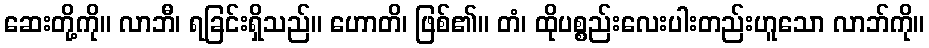
ဆေးတို့ကို။ လာဘီ၊ ရခြင်းရှိသည်။ ဟောတိ၊ ဖြစ်၏။ တံ၊ ထိုပစ္စည်းလေးပါးတည်းဟူသော လာဘ်ကို။